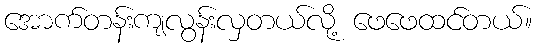
အောက်တန်းကျလွန်းလှတယ်လို့ ဖေဖေထင်တယ်။